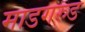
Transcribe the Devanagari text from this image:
माडगरुड